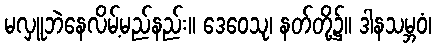
မလှူဘဲနေလိမ့်မည်နည်း။ ဒေဝေသု၊ နတ်တို့၌။ ဒါနသမ္ဘဝံ၊